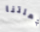
جعلتنا